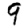
Digit: 9